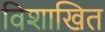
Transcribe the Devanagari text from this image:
विशाखित